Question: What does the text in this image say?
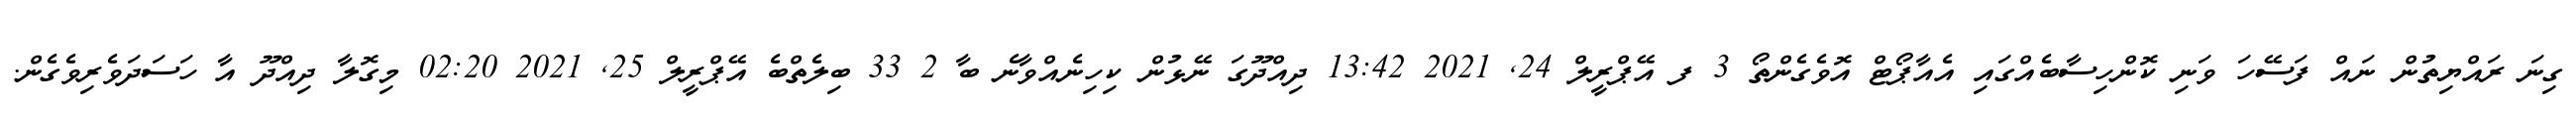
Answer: ގިނަ ރައްޔިތުން ނައް ފަސޭހަ ވަނި ކޮންހިސާބެއްގައި އެއާޕޯޓް އޮވެގެންތޯ 3 ފ އޭޕްރީލް 24, 2021 13:42 ދިއްދޫގަ ނޭޅުން ކިހިނެއްވާނެ ބާ 2 33 ބިލެތްބެ އޭޕްރީލް 25, 2021 02:20 މިގޮލާ ދިއްދޫ އާ ހަސަދަވެރިވެގެން.